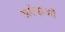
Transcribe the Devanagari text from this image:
अरोड़ाओं